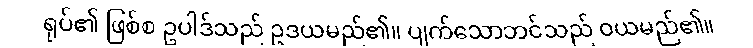
ရုပ်၏ ဖြစ်စ ဥပါဒ်သည် ဥဒယမည်၏။ ပျက်သောဘင်သည် ဝယမည်၏။